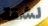
لشقة